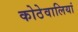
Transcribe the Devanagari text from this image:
कोठेवालियां